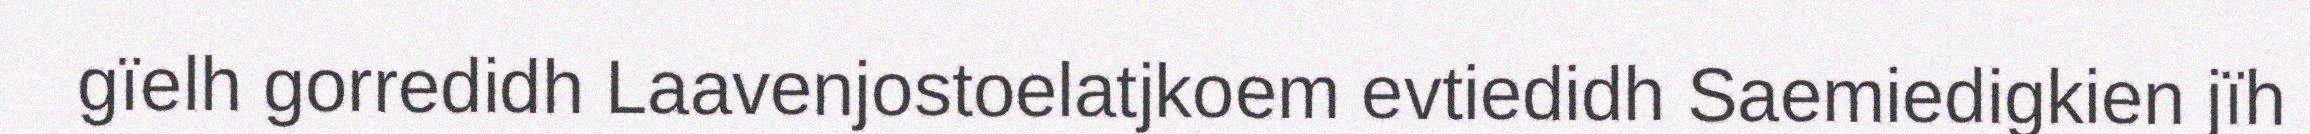
gïelh gorredidh Laavenjostoelatjkoem evtiedidh Saemiedigkien jïh